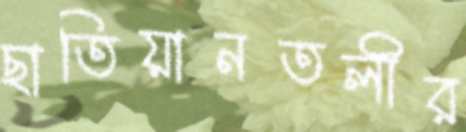
ছাতিয়ানতলীর